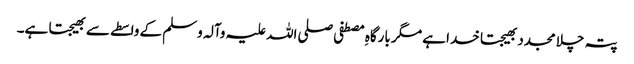
پتہ چلا مجدد بھیجتا خدا ہے مگر بارگاہِ مصطفی صلی اللہ علیہ وآلہ وسلم کے واسطے سے بھیجتا ہے۔